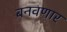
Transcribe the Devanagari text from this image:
बनवणार